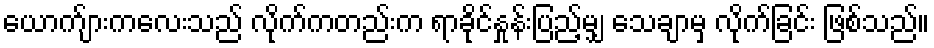
ယောက်ျားကလေးသည် လိုက်ကတည်းက ရာခိုင်နှုန်းပြည့်မျှ သေချာမှ လိုက်ခြင်း ဖြစ်သည်။